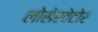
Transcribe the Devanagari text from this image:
लोसेरवेटोर